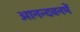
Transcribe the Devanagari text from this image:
आनन्दवनमें